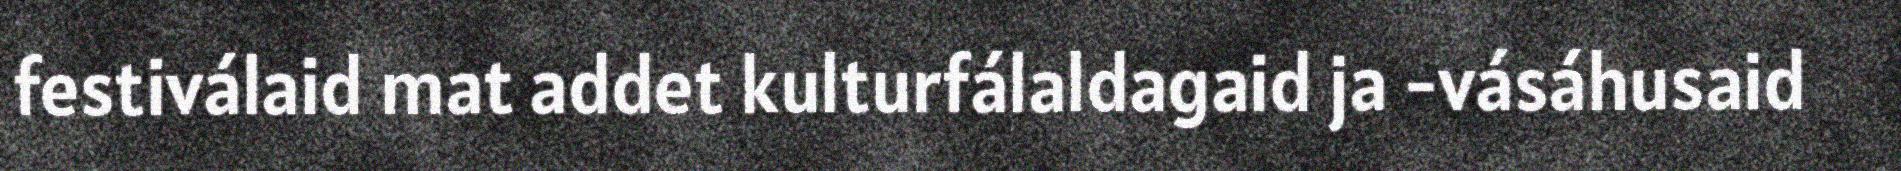
festiválaid mat addet kulturfálaldagaid ja -vásáhusaid